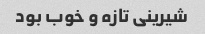
شیرینی تازه و خوب بود